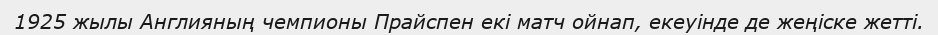
1925 жылы Англияның чемпионы Прайспен екі матч ойнап, екеуінде де жеңіске жетті.